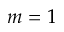
m = 1